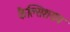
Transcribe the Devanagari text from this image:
कैल्सिशयम